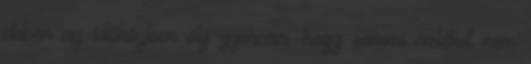
ebben az időközben oly gyorsan, hogy semmi emléket nem